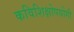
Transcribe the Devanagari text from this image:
कविशिक्षोपयोगी